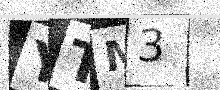
Text: YTM3